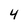
Character: 4